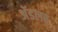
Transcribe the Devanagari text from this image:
अॅडलर